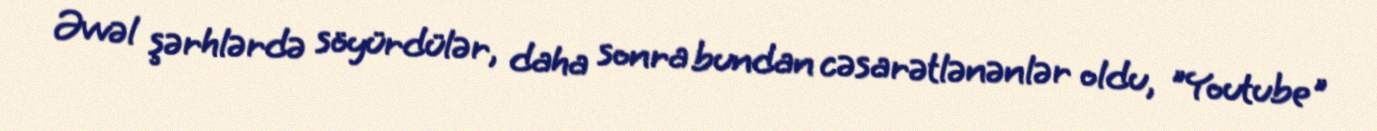
Əvvəl şərhlərdə söyürdülər, daha sonra bundan cəsarətlənənlər oldu, "Youtube"